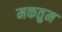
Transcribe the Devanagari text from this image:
मकतुम